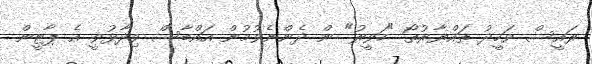
ރައީސް ވަހީދު ތައްޔާރުތޯ "ހަވީރު" ން ދެންނެވުމުން އައްބާސް ވިދާޅުވީ އެ ޕާޓީން